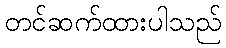
တင်ဆက်ထားပါသည်